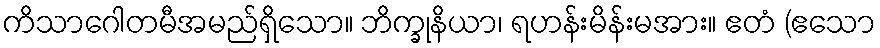
ကိသာဂေါတမီအမည်ရှိသော။ ဘိက္ခုနိယာ၊ ရဟန်းမိန်းမအား။ ဧတံ (ဧသော